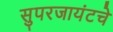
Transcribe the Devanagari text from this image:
सुपरजायंटचे